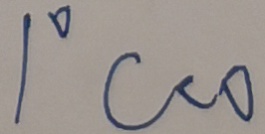
1 ^ { \circ } C < 0